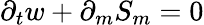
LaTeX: \partial_{t}w+\partial_{m}S_{m}=0